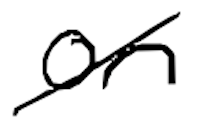
Text: on
Cross-out: mix
Writing tool: digital_black